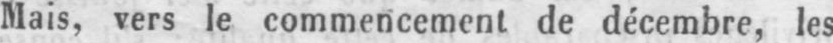
Mais, vers le commencement de décembre, les